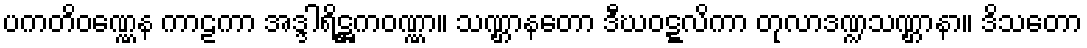
ပကတိဝဏ္ဏေန ကာဠကာ အဒ္ဒါရိဋ္ဌကဝဏ္ဏာ။ သဏ္ဌာနတော ဒီဃဝဋ္ဋလိကာ တုလာဒဏ္ဍသဏ္ဌာနာ။ ဒိသတော